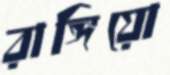
রাঙ্গিয়ো